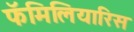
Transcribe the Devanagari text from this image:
फॅमिलियारिस